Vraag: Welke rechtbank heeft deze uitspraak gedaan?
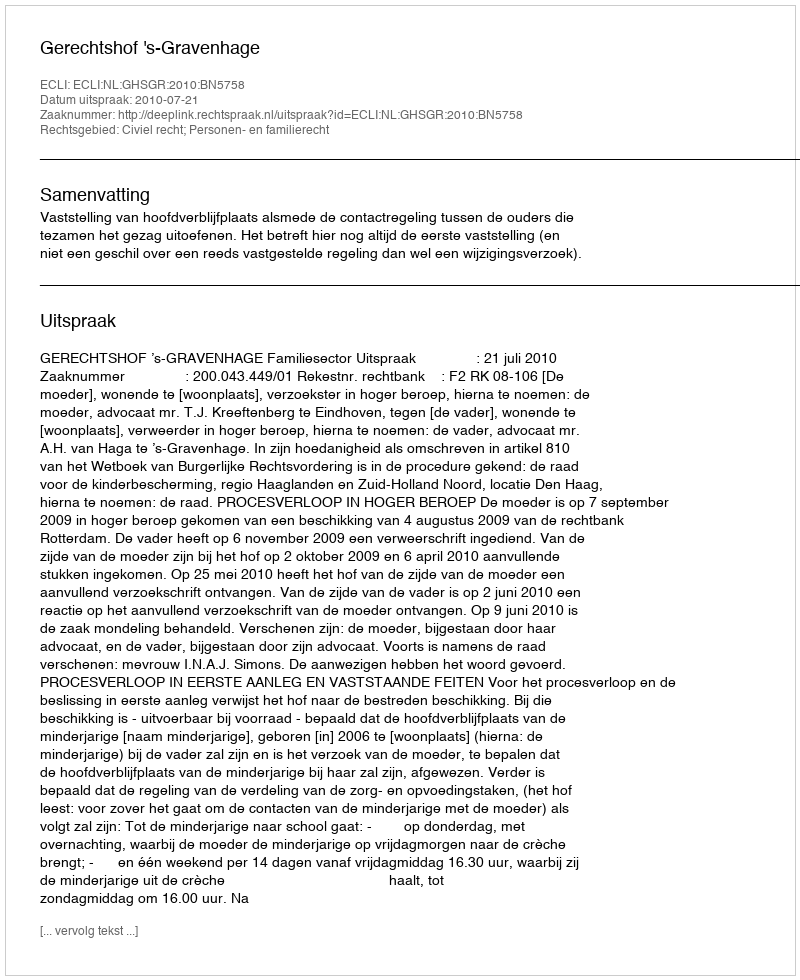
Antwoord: Gerechtshof 's-Gravenhage